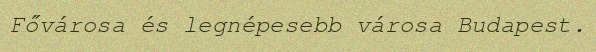
Fővárosa és legnépesebb városa Budapest.